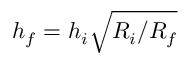
h _ { f } = h _ { i } \sqrt { R _ { i } / R _ { f } }